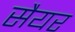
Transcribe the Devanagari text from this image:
सैयर